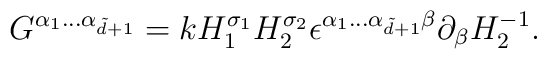
G^{\alpha_{1}...\alpha _{\tilde d+1}}=k   H_{1}^{\sigma_{1}}H_{2}^{\sigma_{2}}   \epsilon ^{\alpha _{1}...\alpha_{\tilde d+1}\beta}   \partial _{\beta} H_{2}^{-1}.